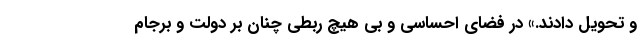
و تحویل دادند.» در فضای احساسی و بی هیچ ربطی چنان بر دولت و برجام